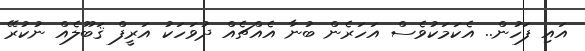
އައި ފަހުން.. އެކަމަކުވެސް އަހަރެން ބުނާ އެއްޗެއް ދުވަހަކު އަރީފް ޤަބޫލެއް ނުކުރޭ